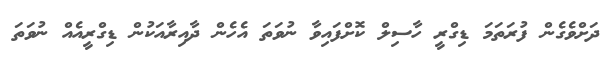
ދަށްވެގެން ފުރަތަމަ ޑިގްރީ ހާސިލް ކޮށްފައިވާ ނުވަތަ އެހެން ދާއިރާއަކުން ޑިގްރީއެއް ނުވަތަ